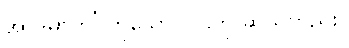
အာဒိမာဟ’ ဟူသော ပါဌ်ကို ဆိုသတည်း။